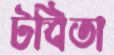
টবিতা